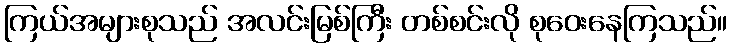
ကြယ်အများစုသည် အလင်းမြစ်ကြီး တစ်စင်းလို စုဝေးနေကြသည်။